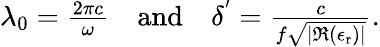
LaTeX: \begin{array}{r}{\lambda_{0}=\frac{2\pi c}{\omega}\quad\mathrm{and}\quad\delta^{'}=\frac{c}{f\sqrt{|\Re\left(\epsilon_{\mathrm{r}}\right)|}}.}\end{array}